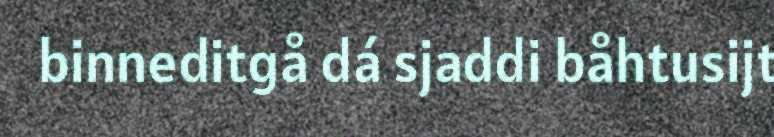
binneditgå dá sjaddi båhtusijt